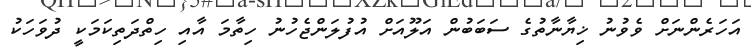
އަހަރެންނަށް ވެވުނު ޚިޔާނާތުގެ ސަބަބުން އަލޫއަށް އުފުލަންޖެހުނު ހިތާމަ އާއި ހިތްދަތިކަމަކީ ދުވަހަކު